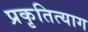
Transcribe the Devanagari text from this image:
प्रकृतित्याग